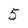
Character: 5